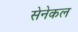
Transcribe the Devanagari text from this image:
सेनेकल